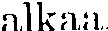
alkaa